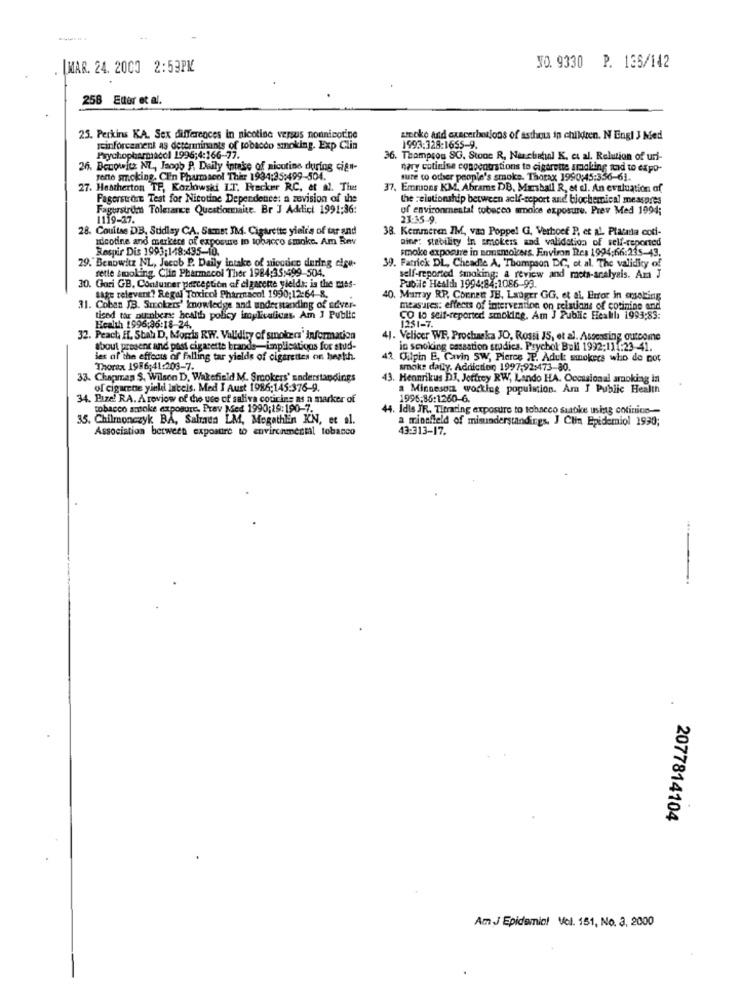
MAR. 24. 2000 2:53PM
NO. 9330 P. 135/142
258
Etter et al.
25. Perkins KA. Sex differences in nicotina versus nonnicotine
soko and exacerberjons of asthma in children. N Engl J Med
reinforcement as determinants of tobacco smoking. Exp Clin
1993:328:1655-9.
Psychopharmacol 1996;4:166-77.
36. Thompson SG. Stoor R, Nur.chahal K. et al. Relation of uri-
26. Benowitz NL, Jaogb P, Daily intake of nicotine during cig"-
nary cotinise conocourstions to cigarette smoking and to expo-
perte smoking. CEin Pharmacol This 1994:35:499-504.
sure to other people's smoke. Thorax 1990:45:356-61.
27. Hancherton TP, Kozlowski L.T. Frecker RC, et al. Thet
37. Emmons KM, Abrams DB, Manball R, et el. An evaluation of
Pagerstror Test for Nicotine Dependence: a zevision of the
the relationship between aclf-report and biochemical measures
Fagerstrum Tolerance Questionmaite. Br J Addict 1991:36:
of environmental tobacco smoke exposure. Prev Med 1994;
1119-27.
23:35-9.
28. Couitse DB, Sudley CA. Sanst 3hd. Cigarette yield's of tar and
38. Kemmeren IM, van Poppel G, Verhoef P, et al. Planla coti-
nicotine and markers of exposure in tobacco smoke. Am Rev
aine: stability in smokers and validation of self-reported
Respir Dis 1993:148:435-10.
smoke exposure in sonsmokers. Environ Res 1994:66:235-43.
29. Benowitz NL, Jecch P. Daily Intake of aicodice during cige-
fette smoking. Clin Pharmacol Ther 1984:35:499-504.
39. Patrick DL, Cheadle A. Thompson DG, et al. The validity of
self-reported smoking: a review and mota-analysis. Am J
30. Ghari GB, Conduiner perception of cigarette yields; is the mes-
Pubile Health 1994:84:1086-99.
sage relevant? Regul Toxicol Pharmacol 1990;12:64 8.
40. Murray RP. Cornett JH, Langer GG. et al. Error in oneking
31. Coben JB. Strokers' knowledge and understanding of sever-
measures: effects of intervention on reistions of cotinine and
tised tar punberx health policy implicalicas. Am J Public
CO lo seif-reported smoking. Am J Public Healthi 1993;83:
Health 1996:36:18-24.
1251-7.
32. Peact, H. Sbal D, Morris RW. Validity of sunokers' information
41. Velicer WE, Prochaska JO, Rossi JS, et al. Assessing outcome
about present and past cigarette brands-implications for stud-
in scroking essaation studies. Psychol Bull 1992;11 :23-41.
les af the effects of falling tar yields of cigarettes on heath.
. Ouipin E, Cavin SW, Pierce IP. Adul smokers who do not
Thorax 1986;41:203-7.
smoke daily. Addiction, 1997,92:473-80.
33. Chapman S. Wilson D. Wakefield M. Smokers' understandings
43. Hennikus DJ. Jeffrey RW, Lando HA. Occasional amoking in
of cigarne yield Inbeis. Med I Aust 1986;145:376-9.
a Minnesota working population. Am I Public Health
34. Bize! RA. A review of the use of saliva courins as a marker of
1996.86:1260-6.
tobacco antoke exposure. Prev Med 1990;19:190-7.
44. Idis JR. Titrating exposure to tobacco saatke using cotininn --
35. Chilmonczyk BA, Salmus LM, Mogathin KN, et al.
a minefield of misunderstandings. J Clin Epidemiol 1930;
Association between exposure to environmental tobanco
43:313-17.
.
2077814104
Am J Epidemiol Vel. 151, No. 3, 2000